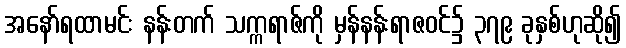
အနော်ရထာမင်း နန်းတက် သက္ကရာဇ်ကို မှန်နန်းရာဇဝင်၌ ၃၇၉ ခုနှစ်ဟုဆို၍